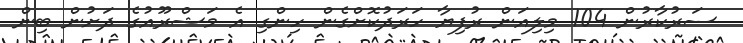
ސަރުކާރުން 104 މިލިއަން ރުފިޔާ ހަރަދުކޮށްގެން ހިންގި އެ މަޝްރޫއުގެ ދަށުން ބިން